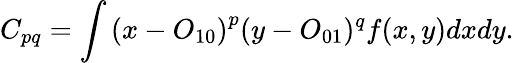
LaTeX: {C_{pq}}=\int{{{(x-{O_{10}})}^{p}}}{(y-{O_{01}})^{q}}f(x,y)dxdy.